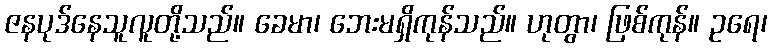
ဇနပုဒ်နေသူလူတို့သည်။ ခေမာ၊ ဘေးမရှိကုန်သည်။ ဟုတွာ၊ ဖြစ်ကုန်။ ဥရေ၊